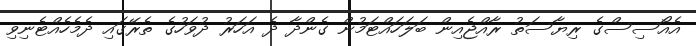
އެއޯސިސްގެ ރިޔާސަތު ރާއްޖެއިން ބަލަހައްޓަމުން ގެންދާ ދެ އަހަރު ދުވަހުގެ ތެރޭގައި ދެމެހެއްޓެނިވި